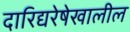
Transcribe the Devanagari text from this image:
दारिद्यरेषेखालील